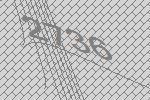
2736